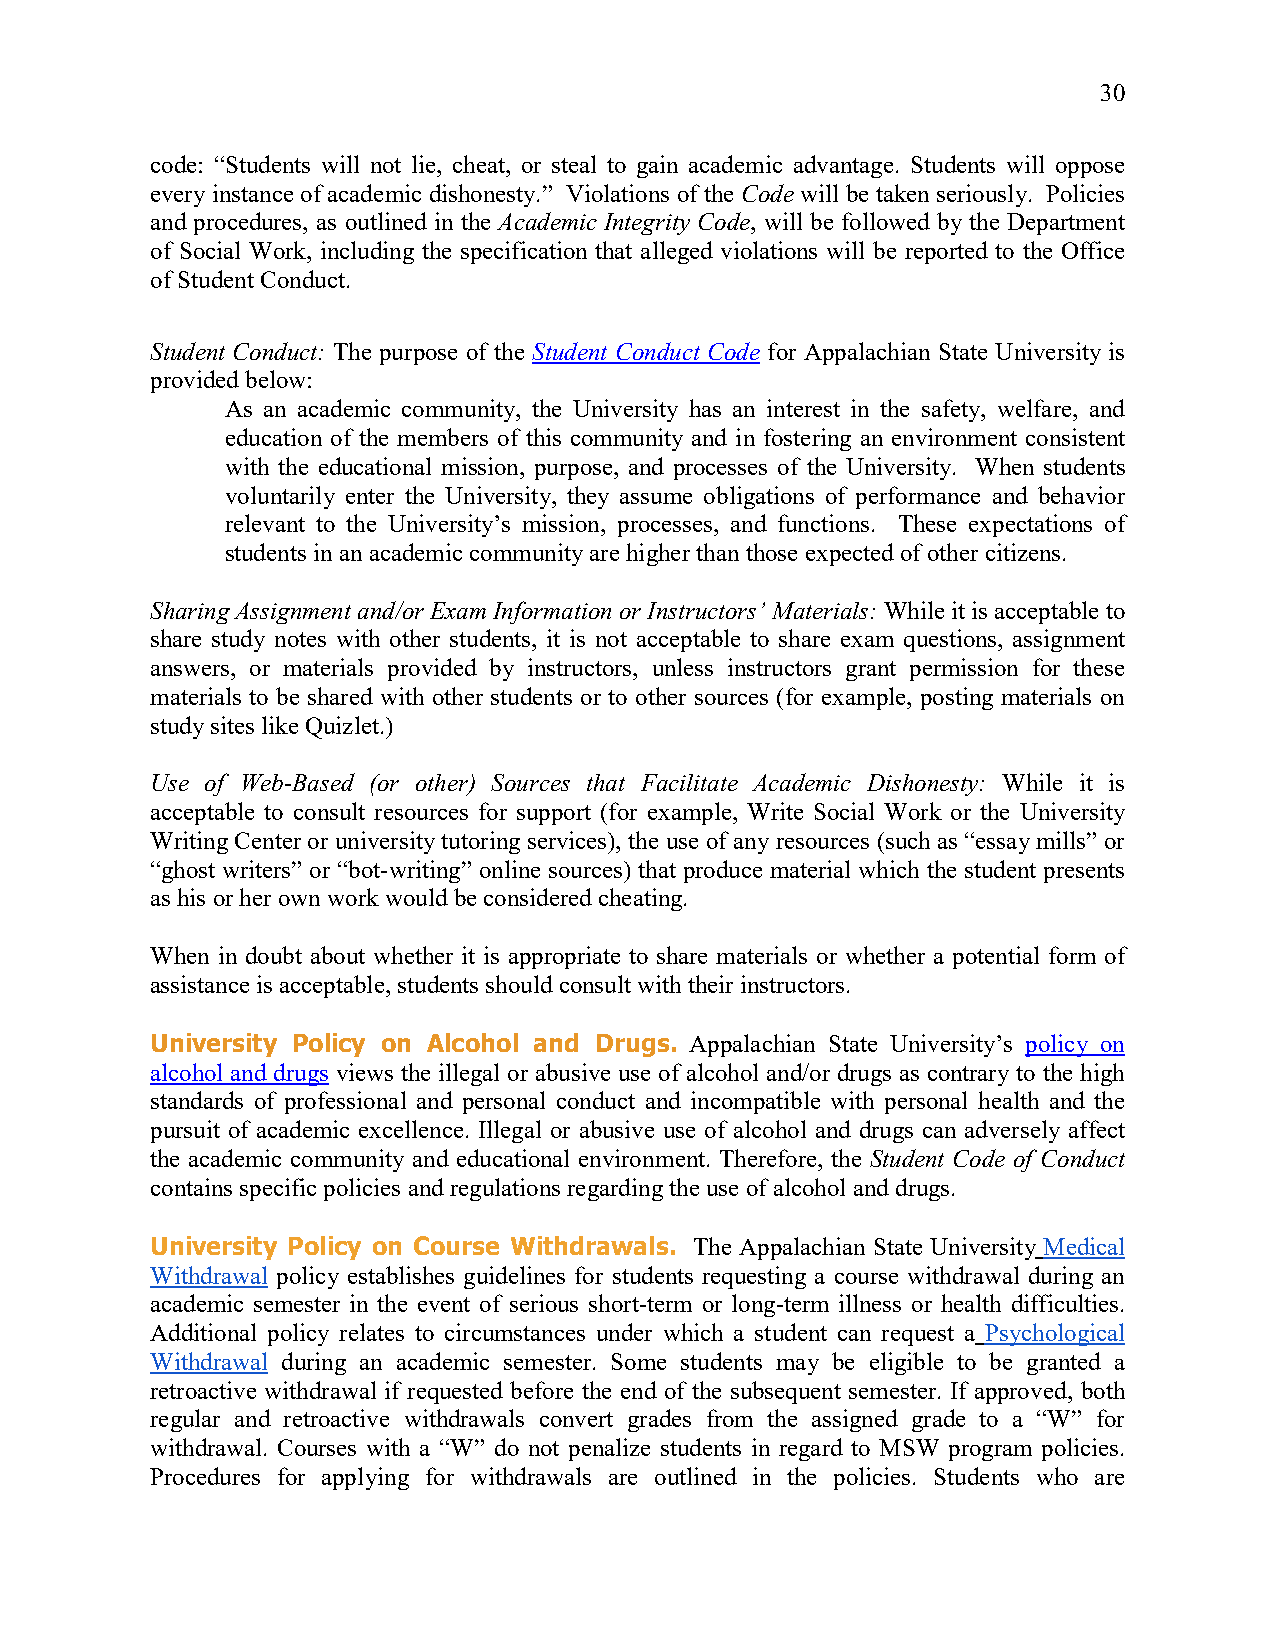
30
 code: “Students will not lie, cheat, or steal to gain academic advantage. Students will oppose
 every instance of academic dishonesty.” Violations of the Code will be taken seriously. Policies
 and procedures, as outlined in the Academic Integrity Code, will be followed by the Department
 of Social Work, including the specification that alleged violations will be reported to the Office
 of Student Conduct.
 Student Conduct: The purpose of the Student Conduct Code for Appalachian State University is
 provided below:
 As an academic community, the University has an interest in the safety, welfare, and
 education of the members of this community and in fostering an environment consistent
 with the educational mission, purpose, and processes of the University. When students
 voluntarily enter the University, they assume obligations of performance and behavior
 relevant to the University’s mission, processes, and functions. These expectations of
 students in an academic community are higher than those expected of other citizens.
 Sharing Assignment and/or Exam Information or Instructors’ Materials: While it is acceptable to
 share study notes with other students, it is not acceptable to share exam questions, assignment
 answers, or materials provided by instructors, unless instructors grant permission for these
 materials to be shared with other students or to other sources (for example, posting materials on
 study sites like Quizlet.)
 Use of Web-Based (or other) Sources that Facilitate Academic Dishonesty: While it is
 acceptable to consult resources for support (for example, Write Social Work or the University
 Writing Center or university tutoring services), the use of any resources (such as “essay mills” or
 “ghost writers” or “bot-writing” online sources) that produce material which the student presents
 as his or her own work would be considered cheating.
 When in doubt about whether it is appropriate to share materials or whether a potential form of
 assistance is acceptable, students should consult with their instructors.
 University Policy on Alcohol and Drugs. Appalachian State University’s policy on
 alcohol and drugs views the illegal or abusive use of alcohol and/or drugs as contrary to the high
 standards of professional and personal conduct and incompatible with personal health and the
 pursuit of academic excellence. Illegal or abusive use of alcohol and drugs can adversely affect
 the academic community and educational environment. Therefore, the Student Code of Conduct
 contains specific policies and regulations regarding the use of alcohol and drugs.
 University Policy on Course Withdrawals. The Appalachian State University Medical
 Withdrawal policy establishes guidelines for students requesting a course withdrawal during an
 academic semester in the event of serious short-term or long-term illness or health difficulties.
 Additional policy relates to circumstances under which a student can request a Psychological
 Withdrawal during an academic semester. Some students may be eligible to be granted a
 retroactive withdrawal if requested before the end of the subsequent semester. If approved, both
 regular and retroactive withdrawals convert grades from the assigned grade to a “W” for
 withdrawal. Courses with a “W” do not penalize students in regard to MSW program policies.
 Procedures for applying for withdrawals are outlined in the policies. Students who are